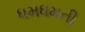
ધમધમતી